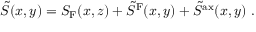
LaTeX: \tilde { S } ( x , y ) = S _ { \mathrm { F } } ( x , z ) + \tilde { S } ^ { \mathrm { F } } ( x , y ) + \tilde { S } ^ { \mathrm { a x } } ( x , y ) \ .